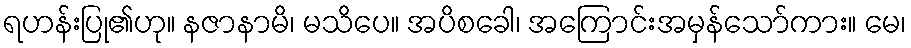
ရဟန်းပြု၏ဟု။ နဇာနာမိ၊ မသိပေ။ အပိစခေါ၊ အကြောင်းအမှန်သော်ကား။ မေ၊